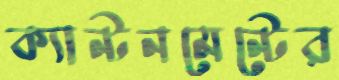
ক্যান্টনমেন্টের